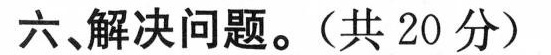
六、解决问题。(共20分)